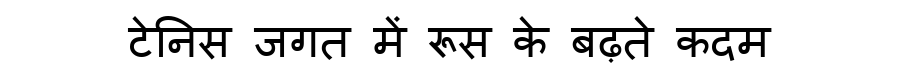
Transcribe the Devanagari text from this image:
टेनिस जगत में रूस के बढ़ते कदम